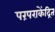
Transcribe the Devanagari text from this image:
परंपराकेंद्रित